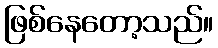
ဖြစ်နေတော့သည်။